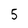
Character: 5